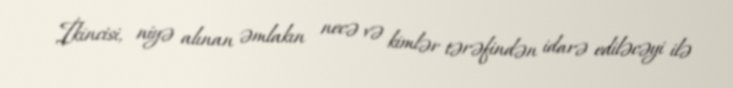
İkincisi, niyə alınan əmlakın necə və kimlər tərəfindən idarə ediləcəyi ilə